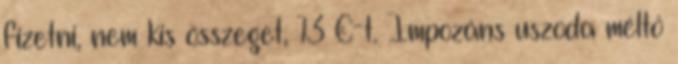
fizetni, nem kis összeget, 13 €-t. Impozáns uszoda méltó